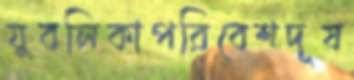
যুবলিকাপরিবেশদূষ